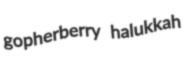
gopherberry halukkah